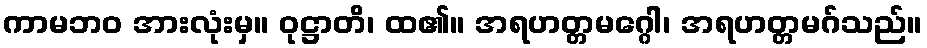
ကာမဘဝ အားလုံးမှ။ ဝုဋ္ဌာတိ၊ ထ၏။ အရဟတ္တမဂ္ဂေါ၊ အရဟတ္တမဂ်သည်။